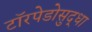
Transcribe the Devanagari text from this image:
टॉरपेडोसुद्धा